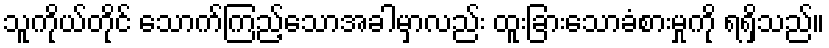
သူကိုယ်တိုင် သောက်ကြည့်သောအခါမှာလည်း ထူးခြားသောခံစားမှုကို ရရှိသည်။